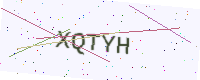
Text: XQTYH